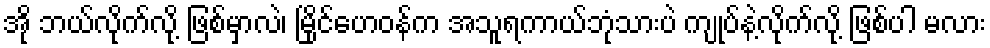
အို ဘယ်လိုက်လို့ ဖြစ်မှာလဲ၊ မြိုင်ဟေဝန်က အသူရကာယ်ဘုံသားပဲ ကျုပ်နဲ့လိုက်လို့ ဖြစ်ပါ မလား